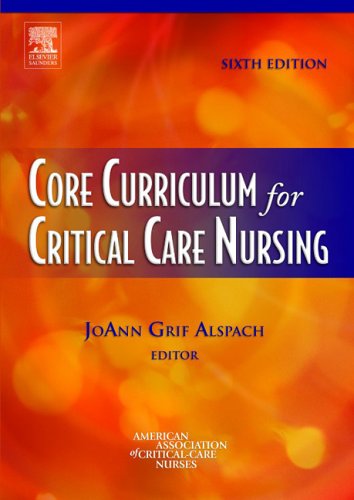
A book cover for Core Curriculum for Critical Care Nursing, 6e; American Association of Critical Care Nurses; Medical Books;